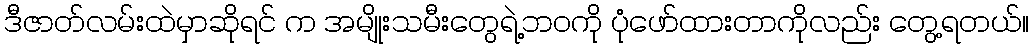
ဒီဇာတ်လမ်းထဲမှာဆိုရင် က အမျိုးသမီးတွေရဲ့ဘဝကို ပုံဖော်ထားတာကိုလည်း တွေ့ရတယ်။